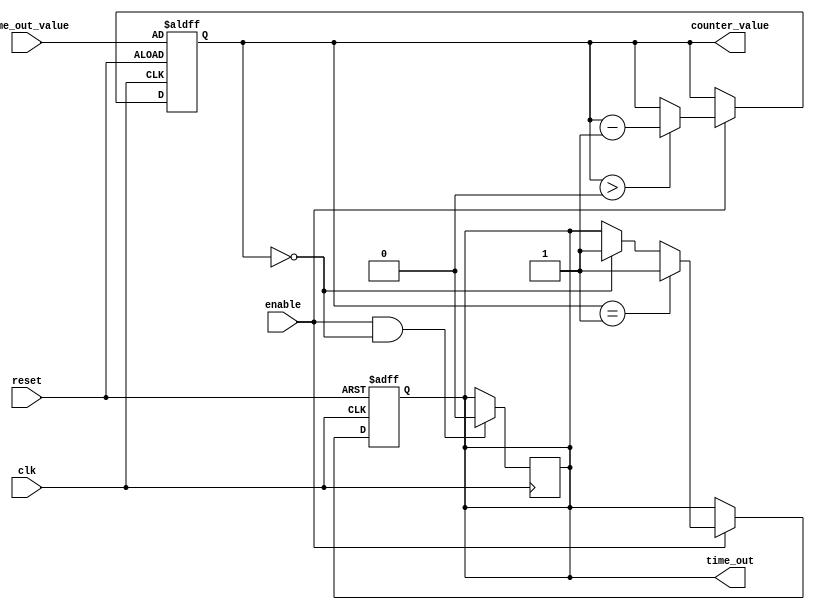
module timeout_counter #(
    parameter COUNTER_WIDTH = 8  // Width of the counter
)(
    input wire clk,                    // Clock input
    input wire reset,                  // Active-high reset signal
    input wire enable,                 // Active-high enable signal
    input wire [COUNTER_WIDTH-1:0] time_out_value, // Predefined time-out value
    output reg time_out,               // Active-high time-out signal
    output reg [COUNTER_WIDTH-1:0] counter_value // Current counter value
);

    // Sequential block for counting
    always @(posedge clk or posedge reset) begin
        if (reset) begin
            // Reset the counter and time_out signal
            counter_value <= time_out_value;
            time_out <= 1'b0;
        end else if (enable) begin
            if (counter_value > 0) begin
                // Decrement counter value
                counter_value <= counter_value - 1;
            end
            
            // Check if counter has reached zero
            if (counter_value == 1) begin
                // Assert time_out when counter reaches zero
                time_out <= 1'b1;
            end else if (counter_value == 0) begin
                // Maintain time_out signal after reaching zero
                time_out <= 1'b1;
            end
        end
    end

    // Additional process to handle time_out signal reset
    always @(posedge clk) begin
        if (enable && counter_value == 0) begin
            // Optionally hold time_out or reset based on design needs
            // If you want to reset time_out when enable is deasserted
            time_out <= 1'b0; // Uncomment if you want to pulse time_out
        end
    end

endmodule